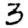
Digit: 3